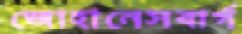
জোহানেসবার্গ